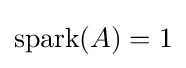
\mathrm {spark} (A)=1